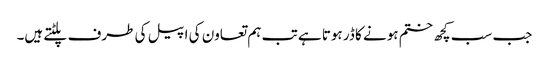
جب سب کچھ ختم ہونے کا ڈر ہوتا ہے تب ہم تعاون کی اپیل کی طرف پلٹتے ہیں۔